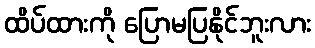
ထိပ်ထားကို ပြောမပြနိုင်ဘူးလား